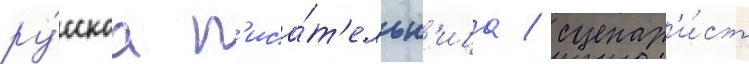
ру́сскаа п'иса́т'ельн'ица / сценар'и́ст